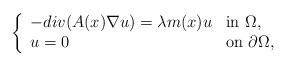
LaTeX: \begin{align*}\left \{ \begin{array}{ll}-div(A(x)\nabla u) =\lambda m(x)u & \mbox{in $\Omega$,}\\u=0 & \mbox{on $\partial\Omega$,}\end{array}\right.\end{align*}